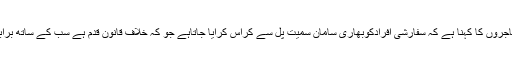
جبکہ علاقے کے تاجروں کا کہنا ہے کہ سفارشی افرادکوبھاری سامان سمیت پل سے کراس کرایا جاتاہے جو کہ خلاف قانون قدم ہے سب کے ساتھ برابربرتاو ہونا چاہے ۔